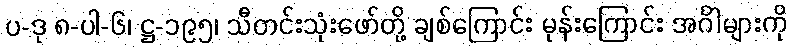
ပ-ဒု ၈-ပါ-၆၊ ဋ္ဌ-၁၉၅၊ သီတင်းသုံးဖော်တို့ ချစ်ကြောင်း မုန်းကြောင်း အင်္ဂါများကို